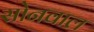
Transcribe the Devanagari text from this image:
सोनवाल